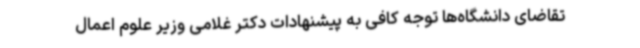
تقاضای دانشگاه‌ها توجه کافی به پیشنهادات دکتر غلامی وزیر علوم اعمال